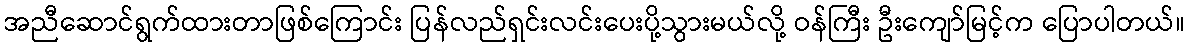
အညီဆောင်ရွက်ထားတာဖြစ်ကြောင်း ပြန်လည်ရှင်းလင်းပေးပို့သွားမယ်လို့ ဝန်ကြီး ဦးကျော်မြင့်က ပြောပါတယ်။